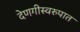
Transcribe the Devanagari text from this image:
देणगीस्वरुपात